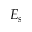
E _ { s }